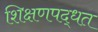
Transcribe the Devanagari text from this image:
शिक्षणपद्धत